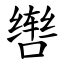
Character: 辔